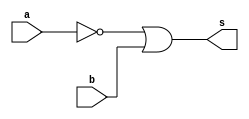
// ----------------------------------------------------------------------------
/**
 Exemplo_0502 - GATES
 Nome: Gabriel Vargas Bento de Souza
 Matricula: 778023
 */
// ----------------------------------------------------------------------------
/*
 f5_gate (~a | b)
 m a b s
 0 0 0 1
 1 0 1 1
 2 1 0 0
 3 1 1 1
*/
// ----------------------------------------------------------------------------
module f5a (output s,
            input  a,
            input  b);

 // definir dado local
    wire not_a, aANDb;

 // descrever por portas
    nor NOR1 (not_a, a, a);
    nor NOR2 (aANDb, not_a, b);
    nor NOR3 (s, aANDb, aANDb);
endmodule // f5a
// ----------------------------------------------------------------------------
/*
 f5_gate (~a | b)
 m a b s
 0 0 0 1
 1 0 1 1
 2 1 0 0
 3 1 1 1
*/
// ----------------------------------------------------------------------------
module f5b (output s,
            input  a,
            input  b);

 // descrever por expressao
    assign s = ~a | b;
endmodule // f5b

module test_f5;
// -------------------------------------------------------------- definir dados
    reg x; reg y;
    wire a, b;

    f5a moduloA (a, x, y);
    f5b moduloB (b, x, y);
// ------------------------------------------------------------ parte principal
initial
 begin : main
   $display("Exemplo_0502 - Gabriel Vargas Bento de Souza - 778023");
   $display("Test module  - (~a | b)");
   $display(" x  y  a  b");
 
   // projetar testes do modulo
   $monitor("%2b %2b %2b %2b", x, y, a, b);
      x = 1'b0; y = 1'b0;
   #1 x = 1'b0; y = 1'b1;
   #1 x = 1'b1; y = 1'b0;
   #1 x = 1'b1; y = 1'b1;
 end
endmodule // test_f5

// --------------------------------------------------------------------- testes
/*
C:\Users\Gabriel\Desktop\CC-PUC\2Periodo\ARQ1\Tarefas\Guia05>vvp Exemplo_0502.vvp
Exemplo_0502 - Gabriel Vargas Bento de Souza - 778023
Test module  - (~a | b)
 x  y  a  b
 0  0  1  1
 0  1  1  1
 1  0  0  0
 1  1  1  1
*/